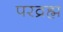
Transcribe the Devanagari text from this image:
परव्रह्म